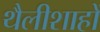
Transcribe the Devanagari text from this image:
थैलीशाहों